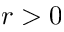
r > 0